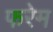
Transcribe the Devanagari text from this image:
फरेम